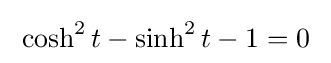
\;\cosh ^{2}t-\sinh ^{2}t-1=0\;